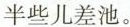
半些儿差池。